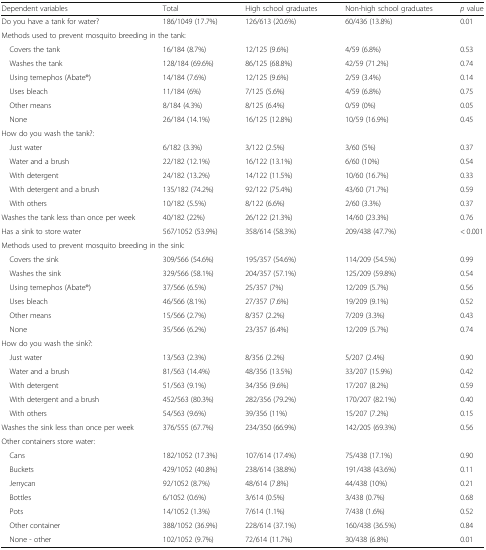
<table><thead><tr><td><b>Dependent variables</b></td><td><b>Total</b></td><td><b>High school graduates</b></td><td><b>Non-high school graduates</b></td><td><b><i>p</i> value</b></td></tr></thead><tbody><tr><td>Do you have a tank for water?</td><td>186/1049 (17.7%)</td><td>126/613 (20.6%)</td><td>60/436 (13.8%)</td><td>0.01</td></tr><tr><td colspan="5">Methods used to prevent mosquito breeding in the tank:</td></tr><tr><td> Covers the tank</td><td>16/184 (8.7%)</td><td>12/125 (9.6%)</td><td>4/59 (6.8%)</td><td>0.53</td></tr><tr><td> Washes the tank</td><td>128/184 (69.6%)</td><td>86/125 (68.8%)</td><td>42/59 (71.2%)</td><td>0.74</td></tr><tr><td> Using temephos (Abate®)</td><td>14/184 (7.6%)</td><td>12/125 (9.6%)</td><td>2/59 (3.4%)</td><td>0.14</td></tr><tr><td> Uses bleach</td><td>11/184 (6%)</td><td>7/125 (5.6%)</td><td>4/59 (6.8%)</td><td>0.75</td></tr><tr><td> Other means</td><td>8/184 (4.3%)</td><td>8/125 (6.4%)</td><td>0/59 (0%)</td><td>0.05</td></tr><tr><td> None</td><td>26/184 (14.1%)</td><td>16/125 (12.8%)</td><td>10/59 (16.9%)</td><td>0.45</td></tr><tr><td colspan="5">How do you wash the tank?:</td></tr><tr><td> Just water</td><td>6/182 (3.3%)</td><td>3/122 (2.5%)</td><td>3/60 (5%)</td><td>0.37</td></tr><tr><td> Water and a brush</td><td>22/182 (12.1%)</td><td>16/122 (13.1%)</td><td>6/60 (10%)</td><td>0.54</td></tr><tr><td> With detergent</td><td>24/182 (13.2%)</td><td>14/122 (11.5%)</td><td>10/60 (16.7%)</td><td>0.33</td></tr><tr><td> With detergent and a brush</td><td>135/182 (74.2%)</td><td>92/122 (75.4%)</td><td>43/60 (71.7%)</td><td>0.59</td></tr><tr><td> With others</td><td>10/182 (5.5%)</td><td>8/122 (6.6%)</td><td>2/60 (3.3%)</td><td>0.37</td></tr><tr><td>Washes the tank less than once per week</td><td>40/182 (22%)</td><td>26/122 (21.3%)</td><td>14/60 (23.3%)</td><td>0.76</td></tr><tr><td>Has a sink to store water</td><td>567/1052 (53.9%)</td><td>358/614 (58.3%)</td><td>209/438 (47.7%)</td><td>&lt; 0.001</td></tr><tr><td colspan="5">Methods used to prevent mosquito breeding in the sink:</td></tr><tr><td> Covers the sink</td><td>309/566 (54.6%)</td><td>195/357 (54.6%)</td><td>114/209 (54.5%)</td><td>0.99</td></tr><tr><td> Washes the sink</td><td>329/566 (58.1%)</td><td>204/357 (57.1%)</td><td>125/209 (59.8%)</td><td>0.54</td></tr><tr><td> Using temephos (Abate®)</td><td>37/566 (6.5%)</td><td>25/357 (7%)</td><td>12/209 (5.7%)</td><td>0.56</td></tr><tr><td> Uses bleach</td><td>46/566 (8.1%)</td><td>27/357 (7.6%)</td><td>19/209 (9.1%)</td><td>0.52</td></tr><tr><td> Other means</td><td>15/566 (2.7%)</td><td>8/357 (2.2%)</td><td>7/209 (3.3%)</td><td>0.43</td></tr><tr><td> None</td><td>35/566 (6.2%)</td><td>23/357 (6.4%)</td><td>12/209 (5.7%)</td><td>0.74</td></tr><tr><td colspan="5">How do you wash the sink?:</td></tr><tr><td> Just water</td><td>13/563 (2.3%)</td><td>8/356 (2.2%)</td><td>5/207 (2.4%)</td><td>0.90</td></tr><tr><td> Water and a brush</td><td>81/563 (14.4%)</td><td>48/356 (13.5%)</td><td>33/207 (15.9%)</td><td>0.42</td></tr><tr><td> With detergent</td><td>51/563 (9.1%)</td><td>34/356 (9.6%)</td><td>17/207 (8.2%)</td><td>0.59</td></tr><tr><td> With detergent and a brush</td><td>452/563 (80.3%)</td><td>282/356 (79.2%)</td><td>170/207 (82.1%)</td><td>0.40</td></tr><tr><td> With others</td><td>54/563 (9.6%)</td><td>39/356 (11%)</td><td>15/207 (7.2%)</td><td>0.15</td></tr><tr><td>Washes the sink less than once per week</td><td>376/555 (67.7%)</td><td>234/350 (66.9%)</td><td>142/205 (69.3%)</td><td>0.56</td></tr><tr><td colspan="5">Other containers store water:</td></tr><tr><td> Cans</td><td>182/1052 (17.3%)</td><td>107/614 (17.4%)</td><td>75/438 (17.1%)</td><td>0.90</td></tr><tr><td> Buckets</td><td>429/1052 (40.8%)</td><td>238/614 (38.8%)</td><td>191/438 (43.6%)</td><td>0.11</td></tr><tr><td> Jerrycan</td><td>92/1052 (8.7%)</td><td>48/614 (7.8%)</td><td>44/438 (10%)</td><td>0.21</td></tr><tr><td> Bottles</td><td>6/1052 (0.6%)</td><td>3/614 (0.5%)</td><td>3/438 (0.7%)</td><td>0.68</td></tr><tr><td> Pots</td><td>14/1052 (1.3%)</td><td>7/614 (1.1%)</td><td>7/438 (1.6%)</td><td>0.52</td></tr><tr><td> Other container</td><td>388/1052 (36.9%)</td><td>228/614 (37.1%)</td><td>160/438 (36.5%)</td><td>0.84</td></tr><tr><td> None - other</td><td>102/1052 (9.7%)</td><td>72/614 (11.7%)</td><td>30/438 (6.8%)</td><td>0.01</td></tr></tbody></table>